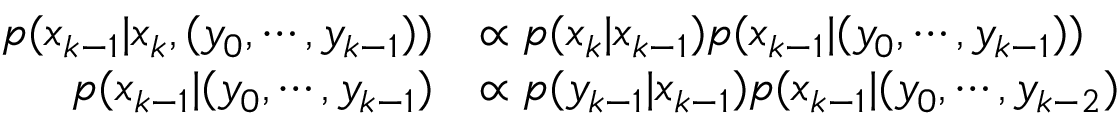
{ \begin{array} { r l } { p ( x _ { k - 1 } | x _ { k } , ( y _ { 0 } , \cdots , y _ { k - 1 } ) ) } & { \propto p ( x _ { k } | x _ { k - 1 } ) p ( x _ { k - 1 } | ( y _ { 0 } , \cdots , y _ { k - 1 } ) ) } \\ { p ( x _ { k - 1 } | ( y _ { 0 } , \cdots , y _ { k - 1 } ) } & { \propto p ( y _ { k - 1 } | x _ { k - 1 } ) p ( x _ { k - 1 } | ( y _ { 0 } , \cdots , y _ { k - 2 } ) } \end{array} }